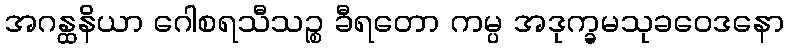
အဂန္ထနိယာ ဂေါစရသီသဉ္စ ခီရတော ကမ္ပ အဒုက္ခမသုခဝေဒနော